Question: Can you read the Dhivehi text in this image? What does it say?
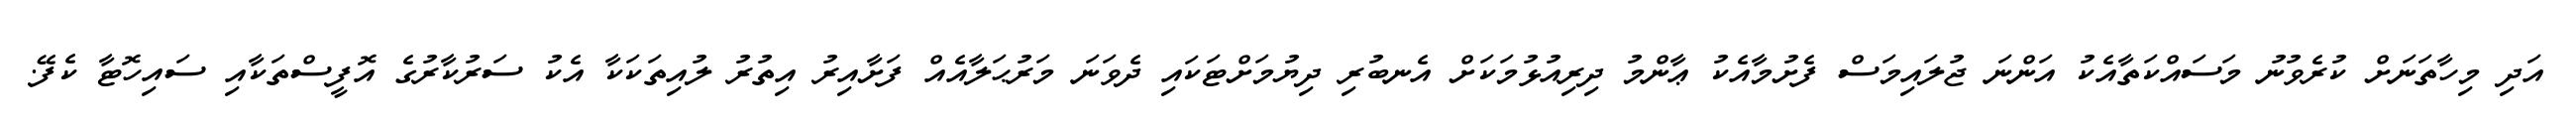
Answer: އަދި މިހާތަނަށް ކުރެވުނު މަސައްކަތާއެކު އަންނަ ޖުލައިމަސް ފެށުމާއެކު ޢާންމު ދިރިއުޅުމަކަށް އެނބުރި ދިޔުމަށްޓަކައި ދެވަނަ މަރުޙަލާއެއް ފަށާއިރު އިތުރު ލުއިތަކަކާ އެކު ސަރުކާރުގެ އޮފީސްތަކާއި ސައިހޮޓާ ކެފޭ.